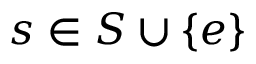
s \in S \cup \{ e \}